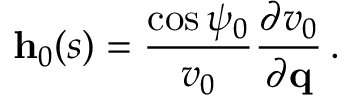
{ \bf h } _ { 0 } ( s ) = \frac { \cos \psi _ { 0 } } { v _ { 0 } } \frac { \partial v _ { 0 } } { \partial { \bf q } } \, .